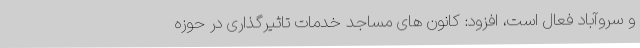
و سروآباد فعال است، افزود: کانون های مساجد خدمات تاثیرگذاری در حوزه